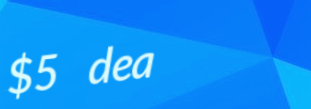
$5 deal